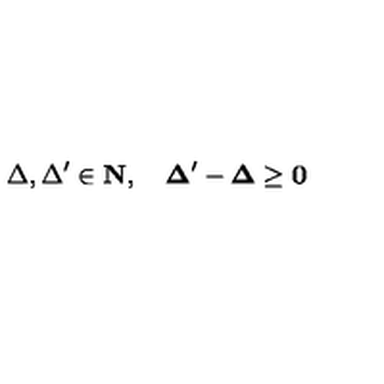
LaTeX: \Delta , \Delta ^ { \prime } \in \bf { N } , \quad \Delta ^ { \prime } - \Delta \geq 0